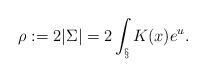
LaTeX: \begin{align*} \rho:=2|\Sigma|= 2 \int_{\S} K(x)e^u.\end{align*}